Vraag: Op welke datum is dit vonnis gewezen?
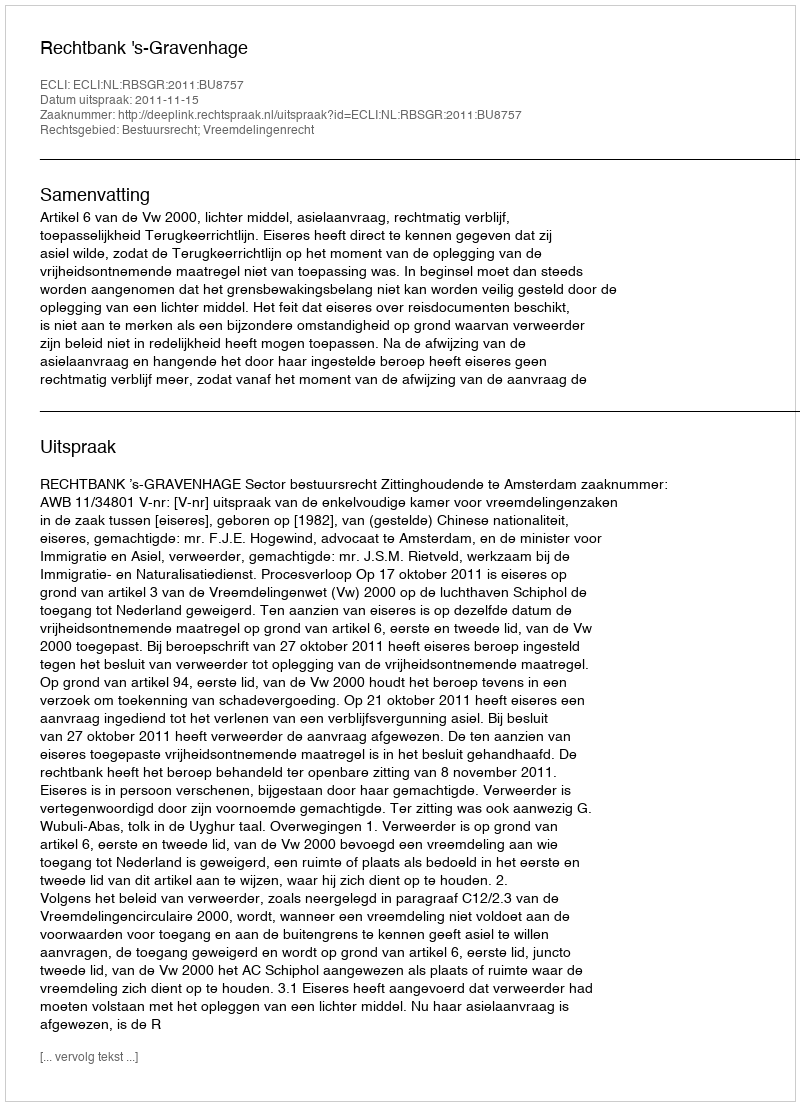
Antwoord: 2011-11-15